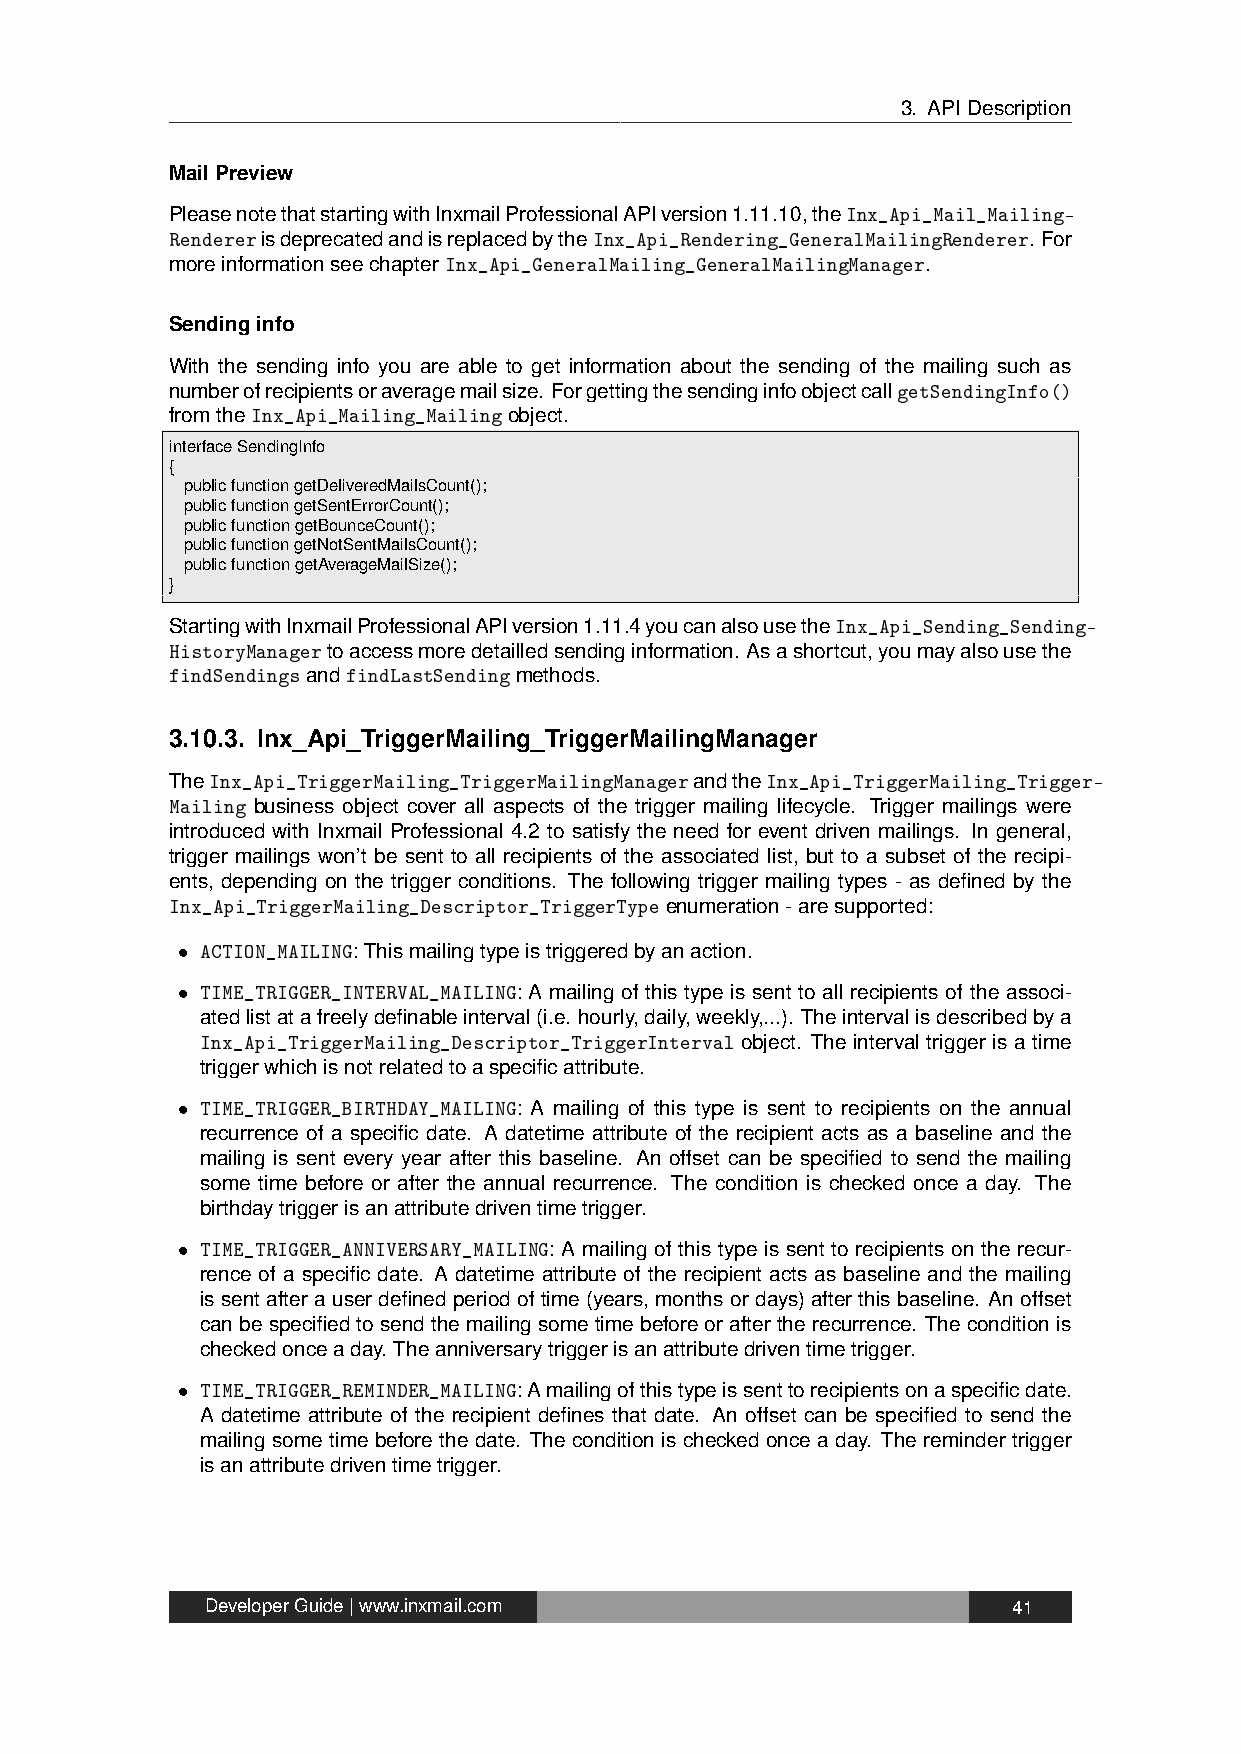
3. APIDescription
 MailPreview
 PleasenotethatstartingwithInxmailProfessionalAPIversion1.11.10,theInx_Api_Mail_Mailing-
 RendererisdeprecatedandisreplacedbytheInx_Api_Rendering_GeneralMailingRenderer. For
 moreinformationseechapterInx_Api_GeneralMailing_GeneralMailingManager.
 Sendinginfo
 With the sending info you are able to get information about the sending of the mailing such as
 numberofrecipientsoraveragemailsize. ForgettingthesendinginfoobjectcallgetSendingInfo()
 fromtheInx_Api_Mailing_Mailingobject.
 interfaceSendingInfo
 {
 publicfunctiongetDeliveredMailsCount();
 publicfunctiongetSentErrorCount();
 publicfunctiongetBounceCount();
 publicfunctiongetNotSentMailsCount();
 publicfunctiongetAverageMailSize();
 }
 StartingwithInxmailProfessionalAPIversion1.11.4youcanalsousetheInx_Api_Sending_Sending-
 HistoryManagertoaccessmoredetailledsendinginformation. Asashortcut,youmayalsousethe
 findSendingsandfindLastSendingmethods.
 3.10.3. Inx_Api_TriggerMailing_TriggerMailingManager
 TheInx_Api_TriggerMailing_TriggerMailingManagerandtheInx_Api_TriggerMailing_Trigger-
 Mailing business object cover all aspects of the trigger mailing lifecycle. Trigger mailings were
 introduced with Inxmail Professional 4.2 to satisfy the need for event driven mailings. In general,
 trigger mailings won’t be sent to all recipients of the associated list, but to a subset of the recipi-
 ents, depending on the trigger conditions. The following trigger mailing types - as defined by the
 Inx_Api_TriggerMailing_Descriptor_TriggerTypeenumeration-aresupported:
 • ACTION_MAILING:Thismailingtypeistriggeredbyanaction.
 • TIME_TRIGGER_INTERVAL_MAILING: A mailing of this type is sent to all recipients of the associ-
 atedlistatafreelydefinableinterval(i.e. hourly,daily,weekly,...). Theintervalisdescribedbya
 Inx_Api_TriggerMailing_Descriptor_TriggerInterval object. The interval trigger is a time
 triggerwhichisnotrelatedtoaspecificattribute.
 • TIME_TRIGGER_BIRTHDAY_MAILING: A mailing of this type is sent to recipients on the annual
 recurrence of a specific date. A datetime attribute of the recipient acts as a baseline and the
 mailing is sent every year after this baseline. An offset can be specified to send the mailing
 some time before or after the annual recurrence. The condition is checked once a day. The
 birthdaytriggerisanattributedriventimetrigger.
 • TIME_TRIGGER_ANNIVERSARY_MAILING: A mailing of this type is sent to recipients on the recur-
 rence of a specific date. A datetime attribute of the recipient acts as baseline and the mailing
 issentafterauserdefinedperiodoftime(years, monthsordays)afterthisbaseline. Anoffset
 canbespecifiedtosendthemailingsometimebeforeoraftertherecurrence. Theconditionis
 checkedonceaday. Theanniversarytriggerisanattributedriventimetrigger.
 • TIME_TRIGGER_REMINDER_MAILING:Amailingofthistypeissenttorecipientsonaspecificdate.
 A datetime attribute of the recipient defines that date. An offset can be specified to send the
 mailing some time before the date. The condition is checked once a day. The reminder trigger
 isanattributedriventimetrigger.
 DeveloperGuide|www.inxmail.com                       41